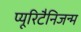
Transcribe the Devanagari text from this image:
प्यूरिटैनिजन्म